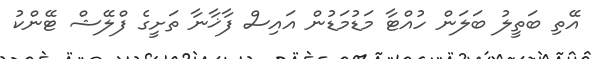
އޭތި ބަތީލު ބަލަން ހުއްޓާ މަޑުމަޑުން އައިސް ފާޚާނާ ތަށީގެ ފްލޭޝް ޓޭންކު